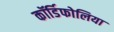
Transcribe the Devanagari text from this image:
कॉर्डिफोलिया